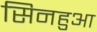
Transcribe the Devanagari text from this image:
सिनहुआ